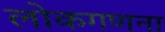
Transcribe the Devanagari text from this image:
लोकगणना